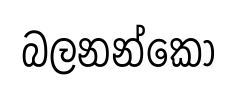
බලනන්කො